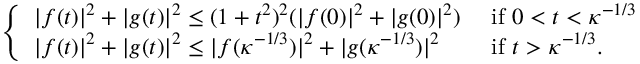
\begin{array} { r } { \left\{ \begin{array} { l l } { | f ( t ) | ^ { 2 } + | g ( t ) | ^ { 2 } \leq ( 1 + t ^ { 2 } ) ^ { 2 } ( | f ( 0 ) | ^ { 2 } + | g ( 0 ) | ^ { 2 } ) } & { \mathrm { ~ i f ~ } 0 < t < \kappa ^ { - 1 / 3 } } \\ { | f ( t ) | ^ { 2 } + | g ( t ) | ^ { 2 } \leq | f ( \kappa ^ { - 1 / 3 } ) | ^ { 2 } + | g ( \kappa ^ { - 1 / 3 } ) | ^ { 2 } } & { \mathrm { ~ i f ~ } t > \kappa ^ { - 1 / 3 } . } \end{array} \right. } \end{array}